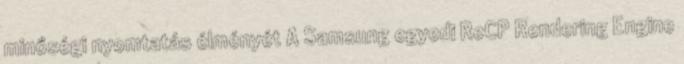
minőségi nyomtatás élményét A Samsung egyedi ReCP Rendering Engine